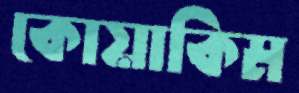
কোয়াকিম